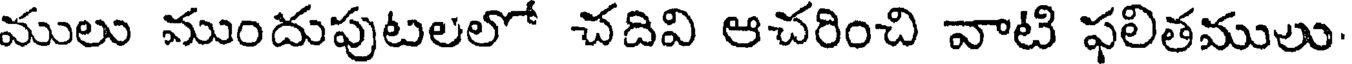
ములు ముందుపుటలలో చదివి ఆచరించి వాటి ఫలితములు